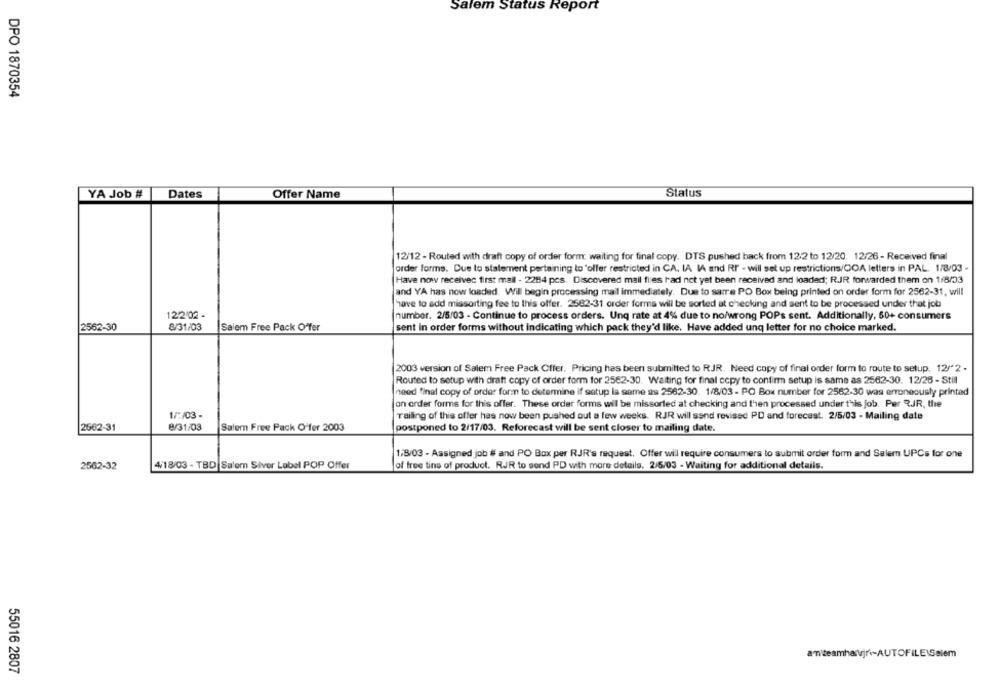
Salem Status Report
DPO 1870354
Dates
Status
YA Job #
Offer Name
12/12 - Routed with draft copy of order form: waiting for final copy. DTS pushed back from 12:2 to 12/20. 12/26- Received final
order Forms. Due to statement pertaining to offer restricted in CA. IA IA and RI - will set up restrictions/COA letters in PAL. 1/8/03 -
Have now receivec first mall - 2284 pcs. Discovered mail files had not yet been received and loaded; R.JR forwarded them on 1/8/03
and YA has now loaded. Wil begin processing mail immediately. Due to sarre PO Box being printed on order form for 2562-31, will
have to add missorting fee to this offer. 2582-31 order forms will be sorted at checking and sent to be processed under that job
122/02 -
number. 2/5/03 - Continue to process orders. Unq rate at 4% due to no/wrong POPs sent. Additionally, 50+ consumers
2562-30
8/31/03
Salem Free Pack Offer
sent in order forms without indicating which pack they'd like. Have added unq letter for no choice marked.
2003 version of Salem Free Pack Offer. Pricing has been submitted to RJR. Need copy of final order form to route to setup. 12/"2 .
Routed to setup with draft copy of order form for 2562-30. Waiting for final copy to confirm setup is same as 2562-30. 12/26 - Still
need final copy of order form to determine if satup la same as 2562-30. 1/8/03 - PO Box number for 2562-30 was erroneously printed
on order forms for this offer. These order forms will be missorted at checking and then processed under this job. Per RJR, the
1/:/03 -
Tailing of this offer has now been pushed out a few weeks. RJR will sand revised PD and forecast. 2/5/03 - Mailing date
2662-31
8/31/03
Salem Free Pack Offer 2003
postponed to 2/17/03. Reforecast will be sent closer to mailing date.
1/8/03 - Assigned job # and PO Box per RJR's request. Offer will require consumers to submit order form and Salem UPCs for one
2562-32
4/18/03 - TBD Salem Silver Label POP Offer
of free tins of product. RJR to sond PD with more details. 2/5/03 - Waiting for additional details.
amniteamharjr .- AUTOFILE\Salem
55016 2807